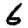
Digit: 6